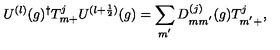
U ^ { ( l ) } ( g ) ^ { \dagger } T _ { m + } ^ { j } U ^ { ( l + \frac { 1 } { 2 } ) } ( g ) = \sum _ { m ^ { ' } } D _ { m m ^ { ' } } ^ { ( j ) } ( g ) T _ { m ^ { ' } + } ^ { j } ,